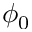
\phi _ { 0 }